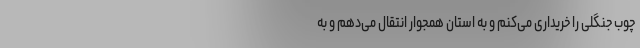
چوب جنگلی را خریداری می‌کنم و به استان همجوار انتقال می‌دهم و به